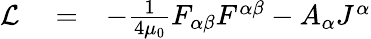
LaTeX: \begin{array}{rlr}{\mathcal L}&{{}=}&{-\frac{1}{4\mu_{0}}F_{\alpha\beta}F^{\alpha\beta}-A_{\alpha}J^{\alpha}}\end{array}